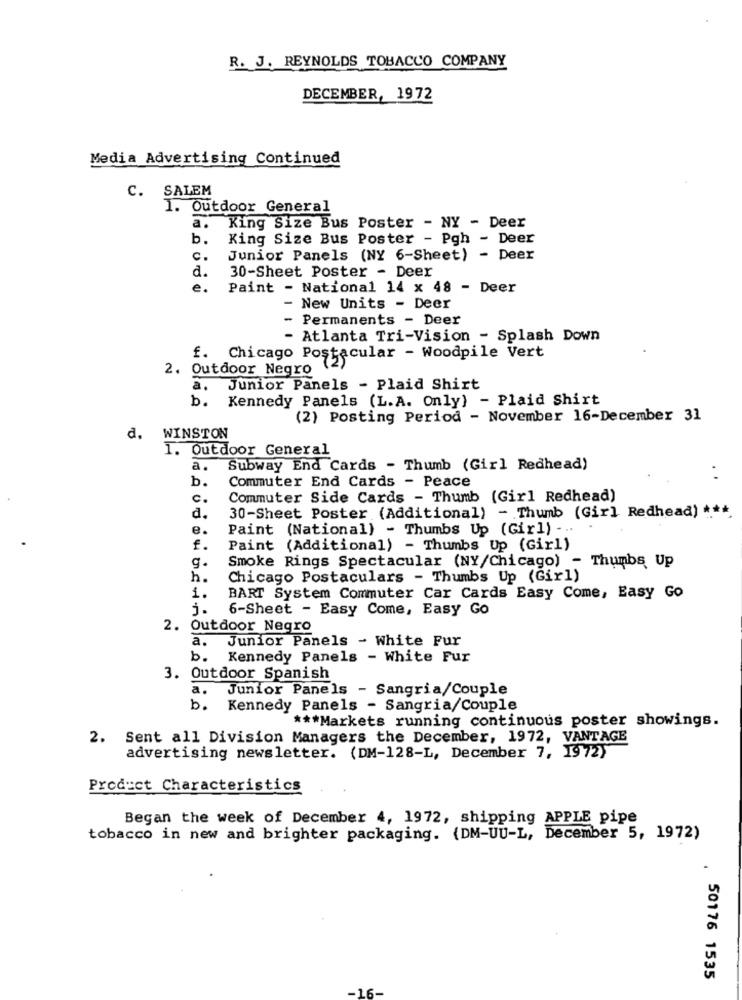
R. J. REYNOLDS TOBACCO COMPANY
DECEMBER, 1972
Media Advertising Continued
C. SALEM
1. Outdoor General
a.
King Size Bus Poster - NY - Deer
b.
King Size Bus Poster - Pgh - Deer
c.
Junior Panels (NY 6-Sheet) - Deer
d.
30-Sheet Poster - Deer
e.
Paint - National 14 x 48 - Deer
- New Units - Deer
- Permanents - Deer
- Atlanta Tri-Vision - Splash Down
f. Chicago Postacular - Woodpile Vert
2. Outdoor Negro
a.
Junior Panels - Plaid Shirt
b. Kennedy Panels (L.A. Only) - Plaid Shirt
(2) Posting Period - November 16-December 31
d. WINSTON
1. Outdoor General
a.
Subway End Cards - Thumb (Girl Redhead)
b.
Commuter End Cards - Peace
c.
Commuter Side Cards - Thumb (Girl Redhead)
30-Sheet Poster (Additional) - Thumb (Girl Redhead) ***
d.
e.
Paint (National) - Thumbs Up (Girl) -..
€.
Paint (Additional) - Thumbs Up (Girl)
g.
Smoke Rings Spectacular (NY/Chicago) - Thumbs Up
h.
Chicago Postaculars - Thumbs Up (Girl)
1.
BART System Commuter Car Cards Easy Come, Easy Go
j.
6-Sheet - Easy Come, Easy Go
2. Outdoor Negro
a.
Junior Panels - White Fur
b.
Kennedy Panels - White Fur
3. Outdoor Spanish
a.
Junior Panels - Sangria/Couple
b.
Kennedy Panels - Sangria/Couple
** Markets running continuous poster showings.
2. Sent all Division Managers the December, 1972, VANTAGE
advertising newsletter. (DM-128-L, December 7, 1972)
Product Characteristics
Began the week of December 4, 1972, shipping APPLE pipe
tobacco in new and brighter packaging. (DM-UU-L, December 5, 1972)
. 50176 1535